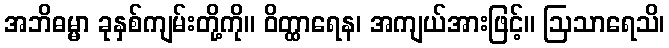
အဘိဓမ္မာ ခုနှစ်ကျမ်းတို့ကို။ ဝိတ္ထာရေန၊ အကျယ်အားဖြင့်။ ဩသာရေသိ၊